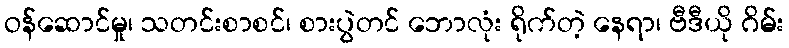
ဝန်ဆောင်မှု၊ သတင်းစာစင်၊ စားပွဲတင် ဘောလုံး ရိုက်တဲ့ နေရာ၊ ဗီဒီယို ဂိမ်း